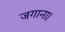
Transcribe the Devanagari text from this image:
जगाना।